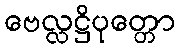
ဗေလ္လဋ္ဌိပုတ္တော